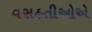
વસહતીઓએ